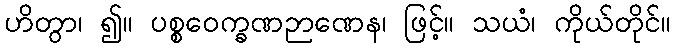
ဟိတွာ၊ ၍။ ပစ္စဝေက္ခဏဉာဏေန၊ ဖြင့်။ သယံ၊ ကိုယ်တိုင်။